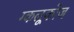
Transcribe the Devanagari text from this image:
ग्कलूकोज